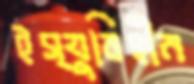
ইস্যুবিহীন